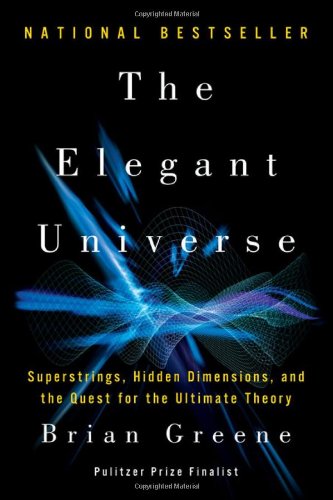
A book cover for The Elegant Universe: Superstrings, Hidden Dimensions, and the Quest for the Ultimate Theory; Brian Greene; Science & Math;